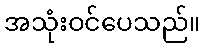
အသုံးဝင်ပေသည်။